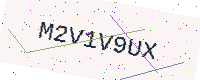
Text: M2V1V9UX